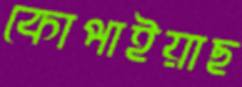
কোপাইয়াছ